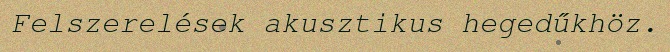
Felszerelések akusztikus hegedűkhöz.